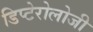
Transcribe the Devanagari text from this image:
डिप्टेरोलोजी